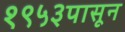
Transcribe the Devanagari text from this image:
१९५३पासून